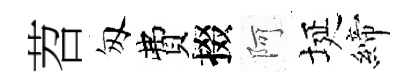
苕匆費掇阿埏締